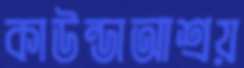
কাউন্ডাআশ্রয়